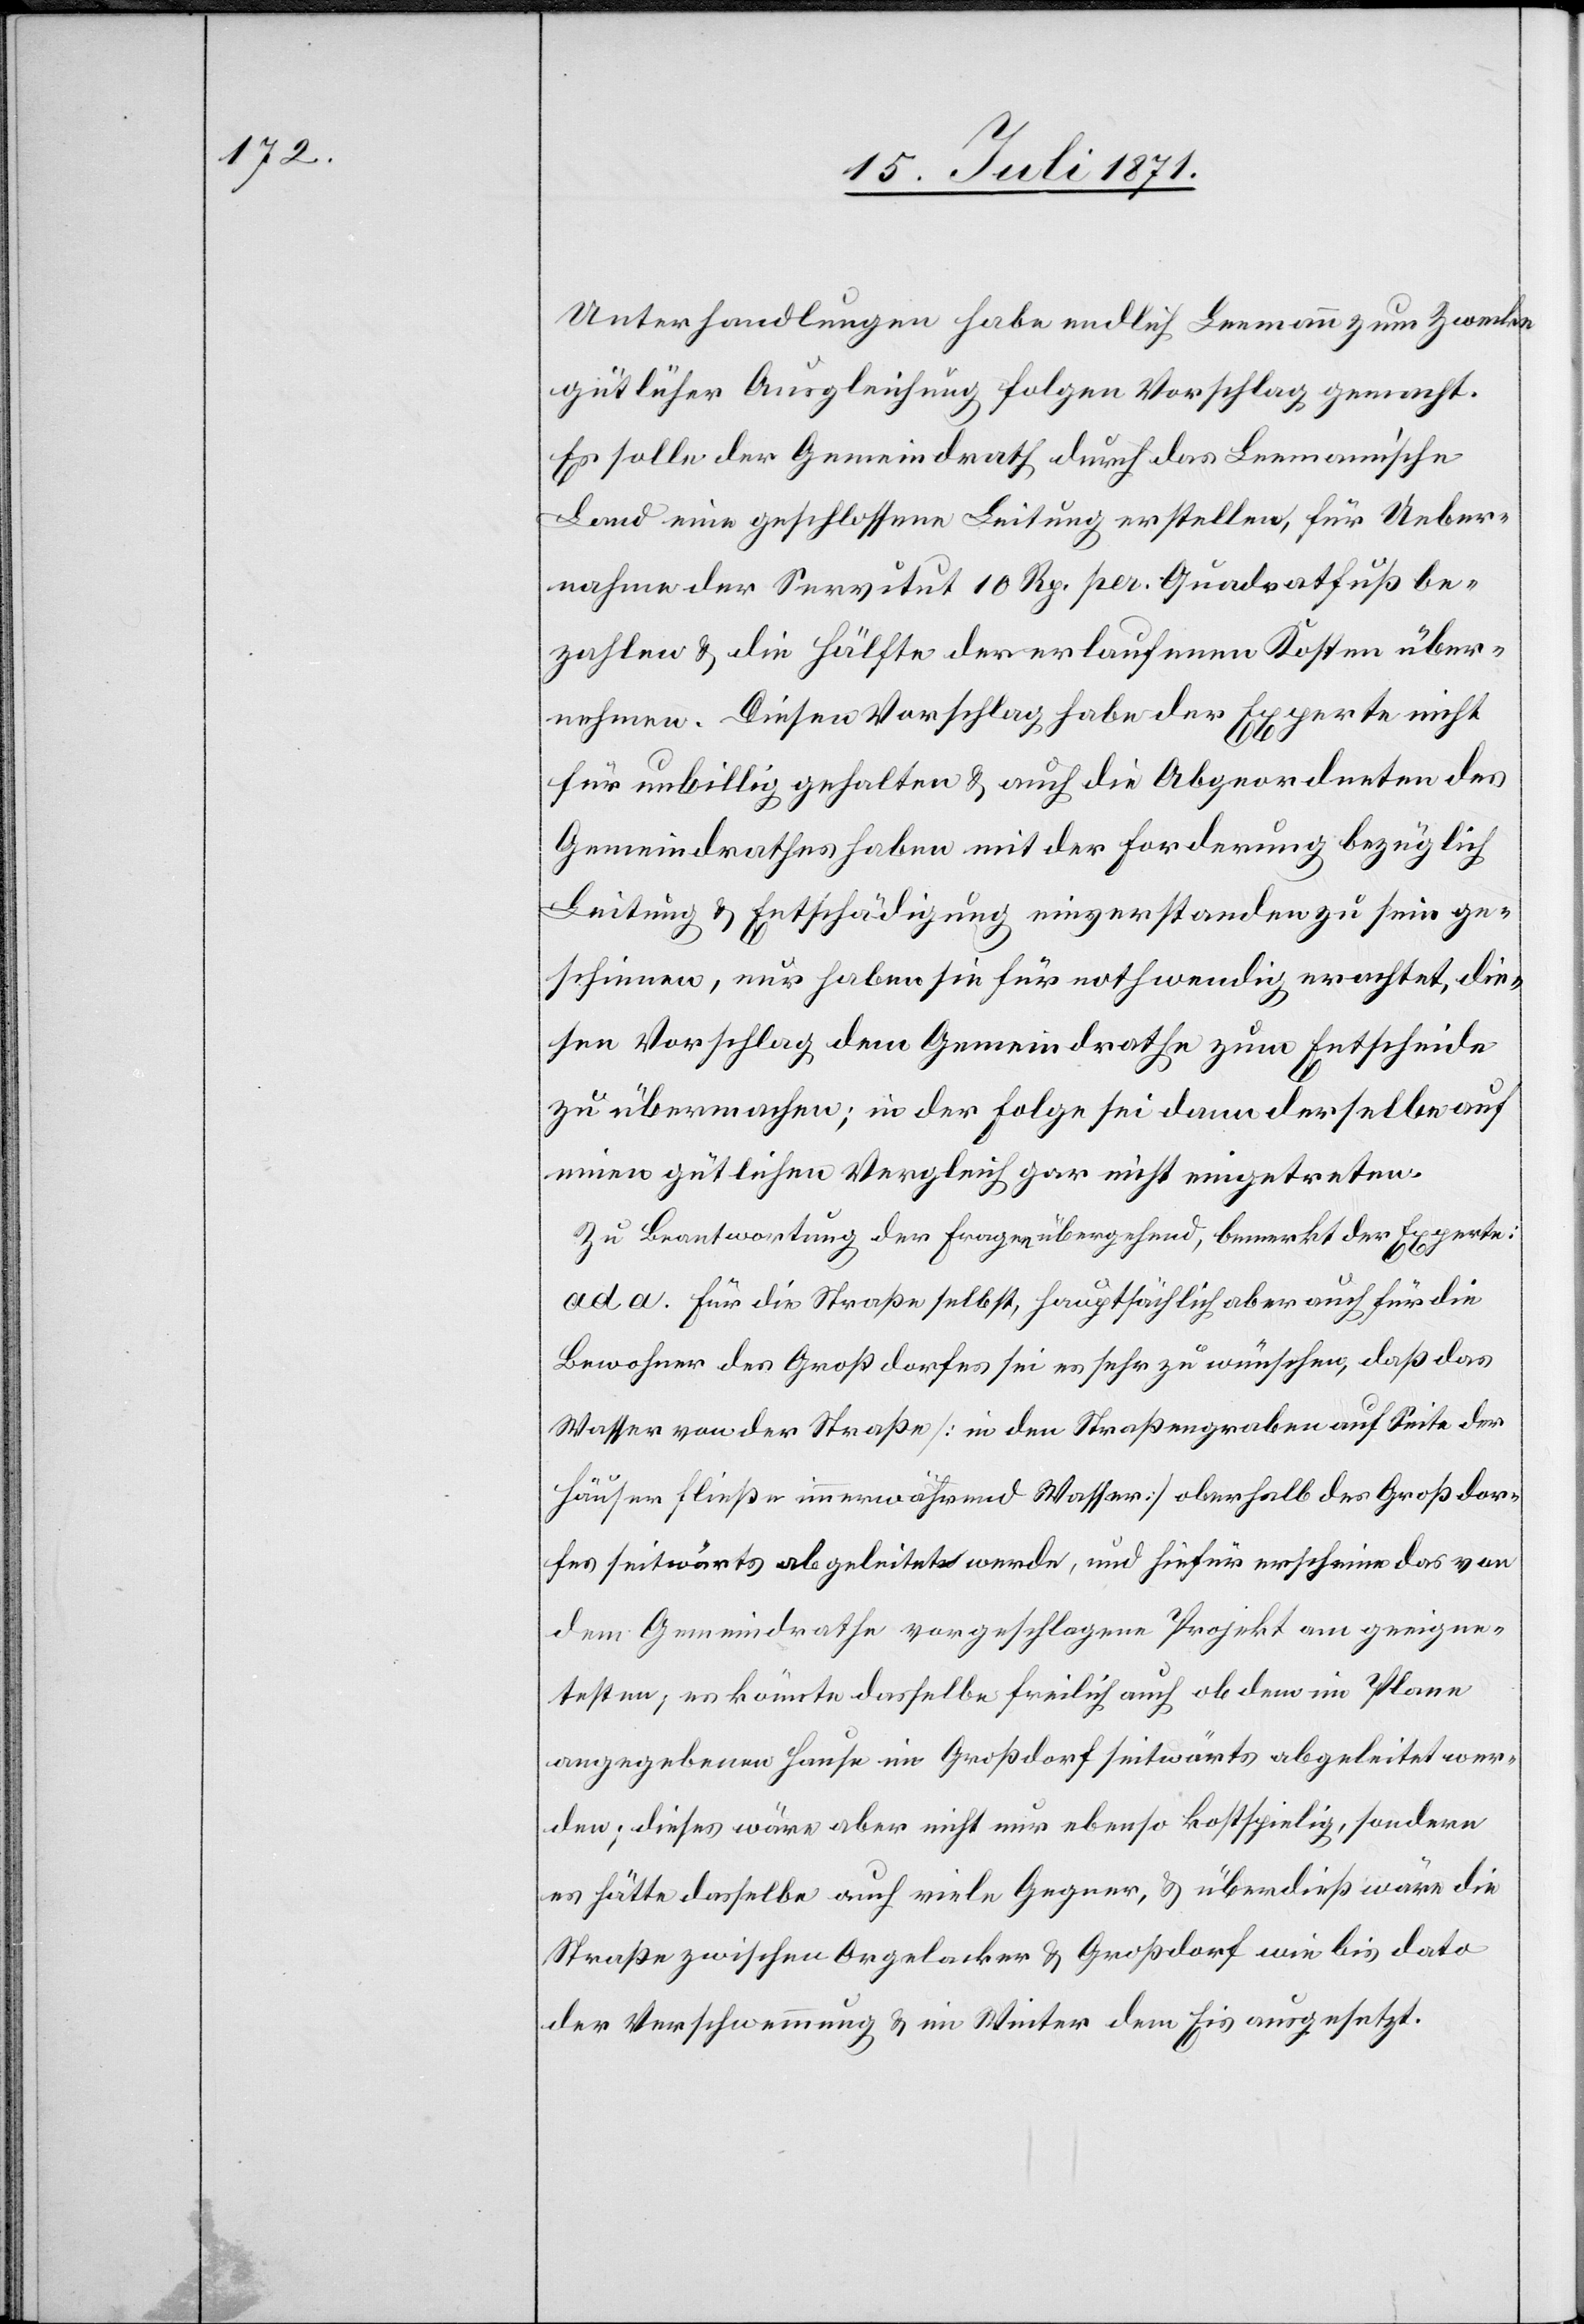
Unterhandlungen habe endlich Leemann zum Zwecke
gütlicher Ausgleichung folgen [sic!] Vorschlag gemacht.
Es solle der Gemeindrath durch das Leemann’sche
Land eine geschlossene Leitung erstellen, für Ueber¬
nahme der Servitut 10 Rp. per. Quadratfuß be¬
zahlen u. die Hälfte der erlaufenen Kosten über¬
nehmen. Diesen Vorschlag habe der Experte nicht
für unbillig gehalten u. auch die Abgeordneten des
Gemeindrathes haben mit der Forderung bezüglich
Leitung u. Entschädigung einverstanden zu sein ge¬
schienen, nur haben sie für nothwendig erachtet, die¬
sen Vorschlag dem Gemeindrathe zum Entscheide
zu übermachen; in der Folge sei dann derselbe auf
einen gütlichen Vergleich gar nicht eingetreten.
Zu Beantwortung der Fragen übergehend, bemerkt der Experte:
ad a. Für die Straße selbst, hauptsächlich aber auch für die
Bewohner des Großdorfes sei es sehr zu wünschen, daß das
Wasser von der Straße [in den Straßengraben auf Seite der
Häuser fließe immerwährend Wasser] oberhalb des Großdor¬
fes seitwärts abgeleitet werde, und hiefür erscheine das von
dem Gemeindrathe vorgeschlagene Projekt am geeigne¬
testen, es könnte dasselbe freilich auch ob dem im Plane
angegebenen Hause im Großdorf seitwärts abgeleitet wer¬
den; dieses wäre aber nicht nur ebenso kostspielig, sondern
es hätte dasselbe auch viele Gegner, u. überdieß wäre die
Straße zwischen Orgelacker u. Großdorf wie bis dato
der Verschwemmung u. im Weitern dem Eis ausgesetzt.